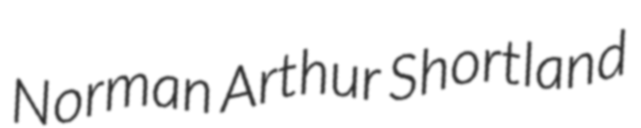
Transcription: Norman Arthur Shortland